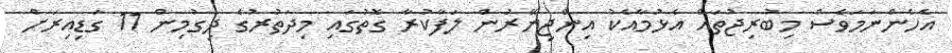
އެހެންނަމަވެސް މިބުރިޖުތައް އެޅުމާއެކު އިންޖިނޭރުން ލަފާކުރާ ގޮތުގައި މިދަތުރުގެ ދިގުމިން 11 ގަޑިއިރަށް